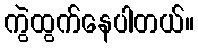
ကွဲထွက်နေပါတယ်။